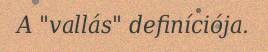
A "vallás" definíciója.